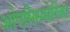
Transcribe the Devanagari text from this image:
ओएसिसमेरिका